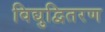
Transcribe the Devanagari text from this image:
विद्युद्वितरण